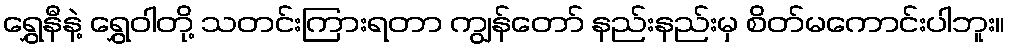
ရွှေနီနဲ့ ရွှေဝါတို့ သတင်းကြားရတာ ကျွန်တော် နည်းနည်းမှ စိတ်မကောင်းပါဘူး။